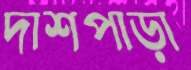
দাশপাড়া